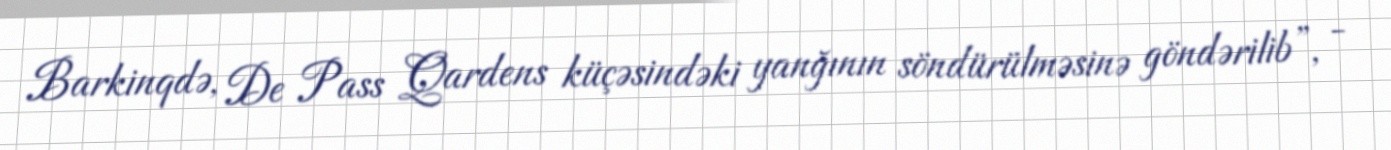
Barkinqdə, De Pass Qardens küçəsindəki yanğının söndürülməsinə göndərilib”, -